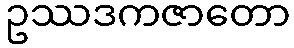
ဥဿဒကဇာတော